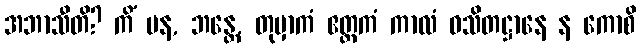
အဘာသီတိ? ကိံ ပန, ဘန္တေ, တုမှာကံ ဧတ္တကံ ကာလံ ဝသိတဋ္ဌာနေ န ကောစိ